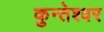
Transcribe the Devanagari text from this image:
कुन्‍तेश्‍वर